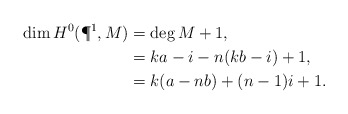
\begin{align*}\dim H^0(\P^1, M) &= \deg M +1, \\ & = ka-i - n(kb-i) +1, \\&= k(a-nb)+(n-1)i+1.\end{align*}